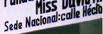
Sede Noclonal:cdle Heclo